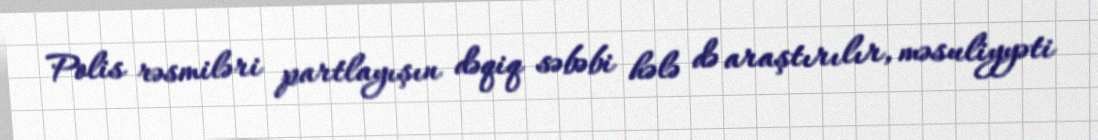
Polis rəsmiləri partlayışın dəqiq səbəbi hələ də araştırılır, məsuliyyəti